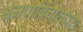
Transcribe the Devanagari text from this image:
श्रेमणविचारधारा